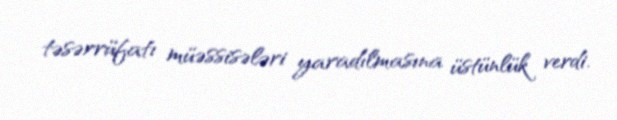
təsərrüfatı müəssisələri yaradılmasına üstünlük verdi.